Sketch of the medical history of the native army of Bombay, for the year
Year: 1870
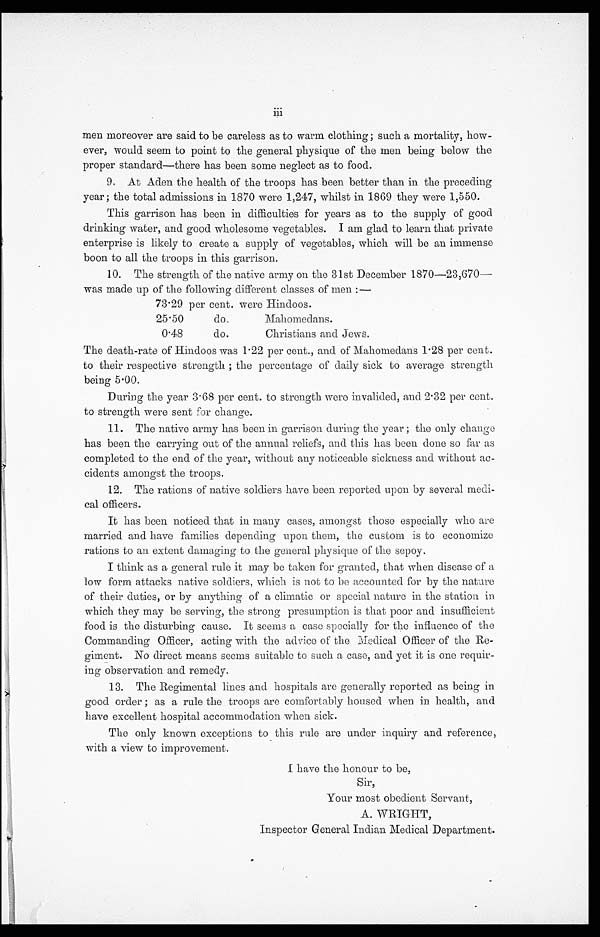
men moreover are said to be careless as to warm clothing; such a mortality, how
-ever, would seem to point to the general physique of the men being below the
proper standard—there has been some neglect as to food.
9. At Aden the health of the troops has been better than in the preceding
year; the total admissions in 1870 were 1,247, whilst in 1869 they were 1,550.
This garrison has been in difficulties for years as to the supply of good
drinking water, and good wholesome vegetables. I am glad to learn that private
enterprise is likely to create a supply of vegetables, which will be an immense
boon to all the troops in this garrison.
10. The strength of the native army on the 31st December 1870—23,670—
was made up of the following different classes of men
:—
73.29 per cent. were Hindoos.
25.50 do. Mahomedans.
0.48 do. Christians and Jews.
The death-rate of Hindoos was 1.22 per cent., and of Mahomedans 1.28 per cent.
to their respective strength; the percentage of daily sick to average strength
being 5.00.
During the year 3.68 per cent. to strength were invalided, and 2.32 per cent.
to strength were sent for change.
11. The native army has been in garrison during the year; the only change
has been the carrying out of the annual reliefs, and this has been done so far as
completed to the end of the year, without any noticeable sickness and without ac
- - c i d e n t s a m o n g s t t h e t r o o p s .
12. The rations of native soldiers have been reported upon by several medi
-cal officers.
It has been noticed that in many cases, amongst those especially who are
married and have families depending upon them, the custom is to economize
rations to an extent damaging to the general physique of the sepoy.
I think as a general rule it may be taken for granted, that when disease of a
low form attacks native soldiers, which is not to be accounted for by the nature
of their duties, or by anything of a climatic or special nature in the station in
which they may be serving, the strong presumption is that poor and insufficient
food is the disturbing cause. It seems a case specially for the influence of the
Commanding Officer, acting with the advice of the Medical Officer of the Re
-giment. No direct means seems suitable to such a case, and yet it is one requir
-ing observation and remedy.
13. The Regimental lines and hospitals are generally reported as being in
good order; as a rule the troops are comfortably housed when in health, and
have excellent hospital accommodation when sick.
The only known exceptions to this rule are under inquiry and reference,
with a view to improvement.
I have the honour to be,
Sir,
Your most obedient Servant,
A. WRIGHT,
Inspector General Indian Medical Department.